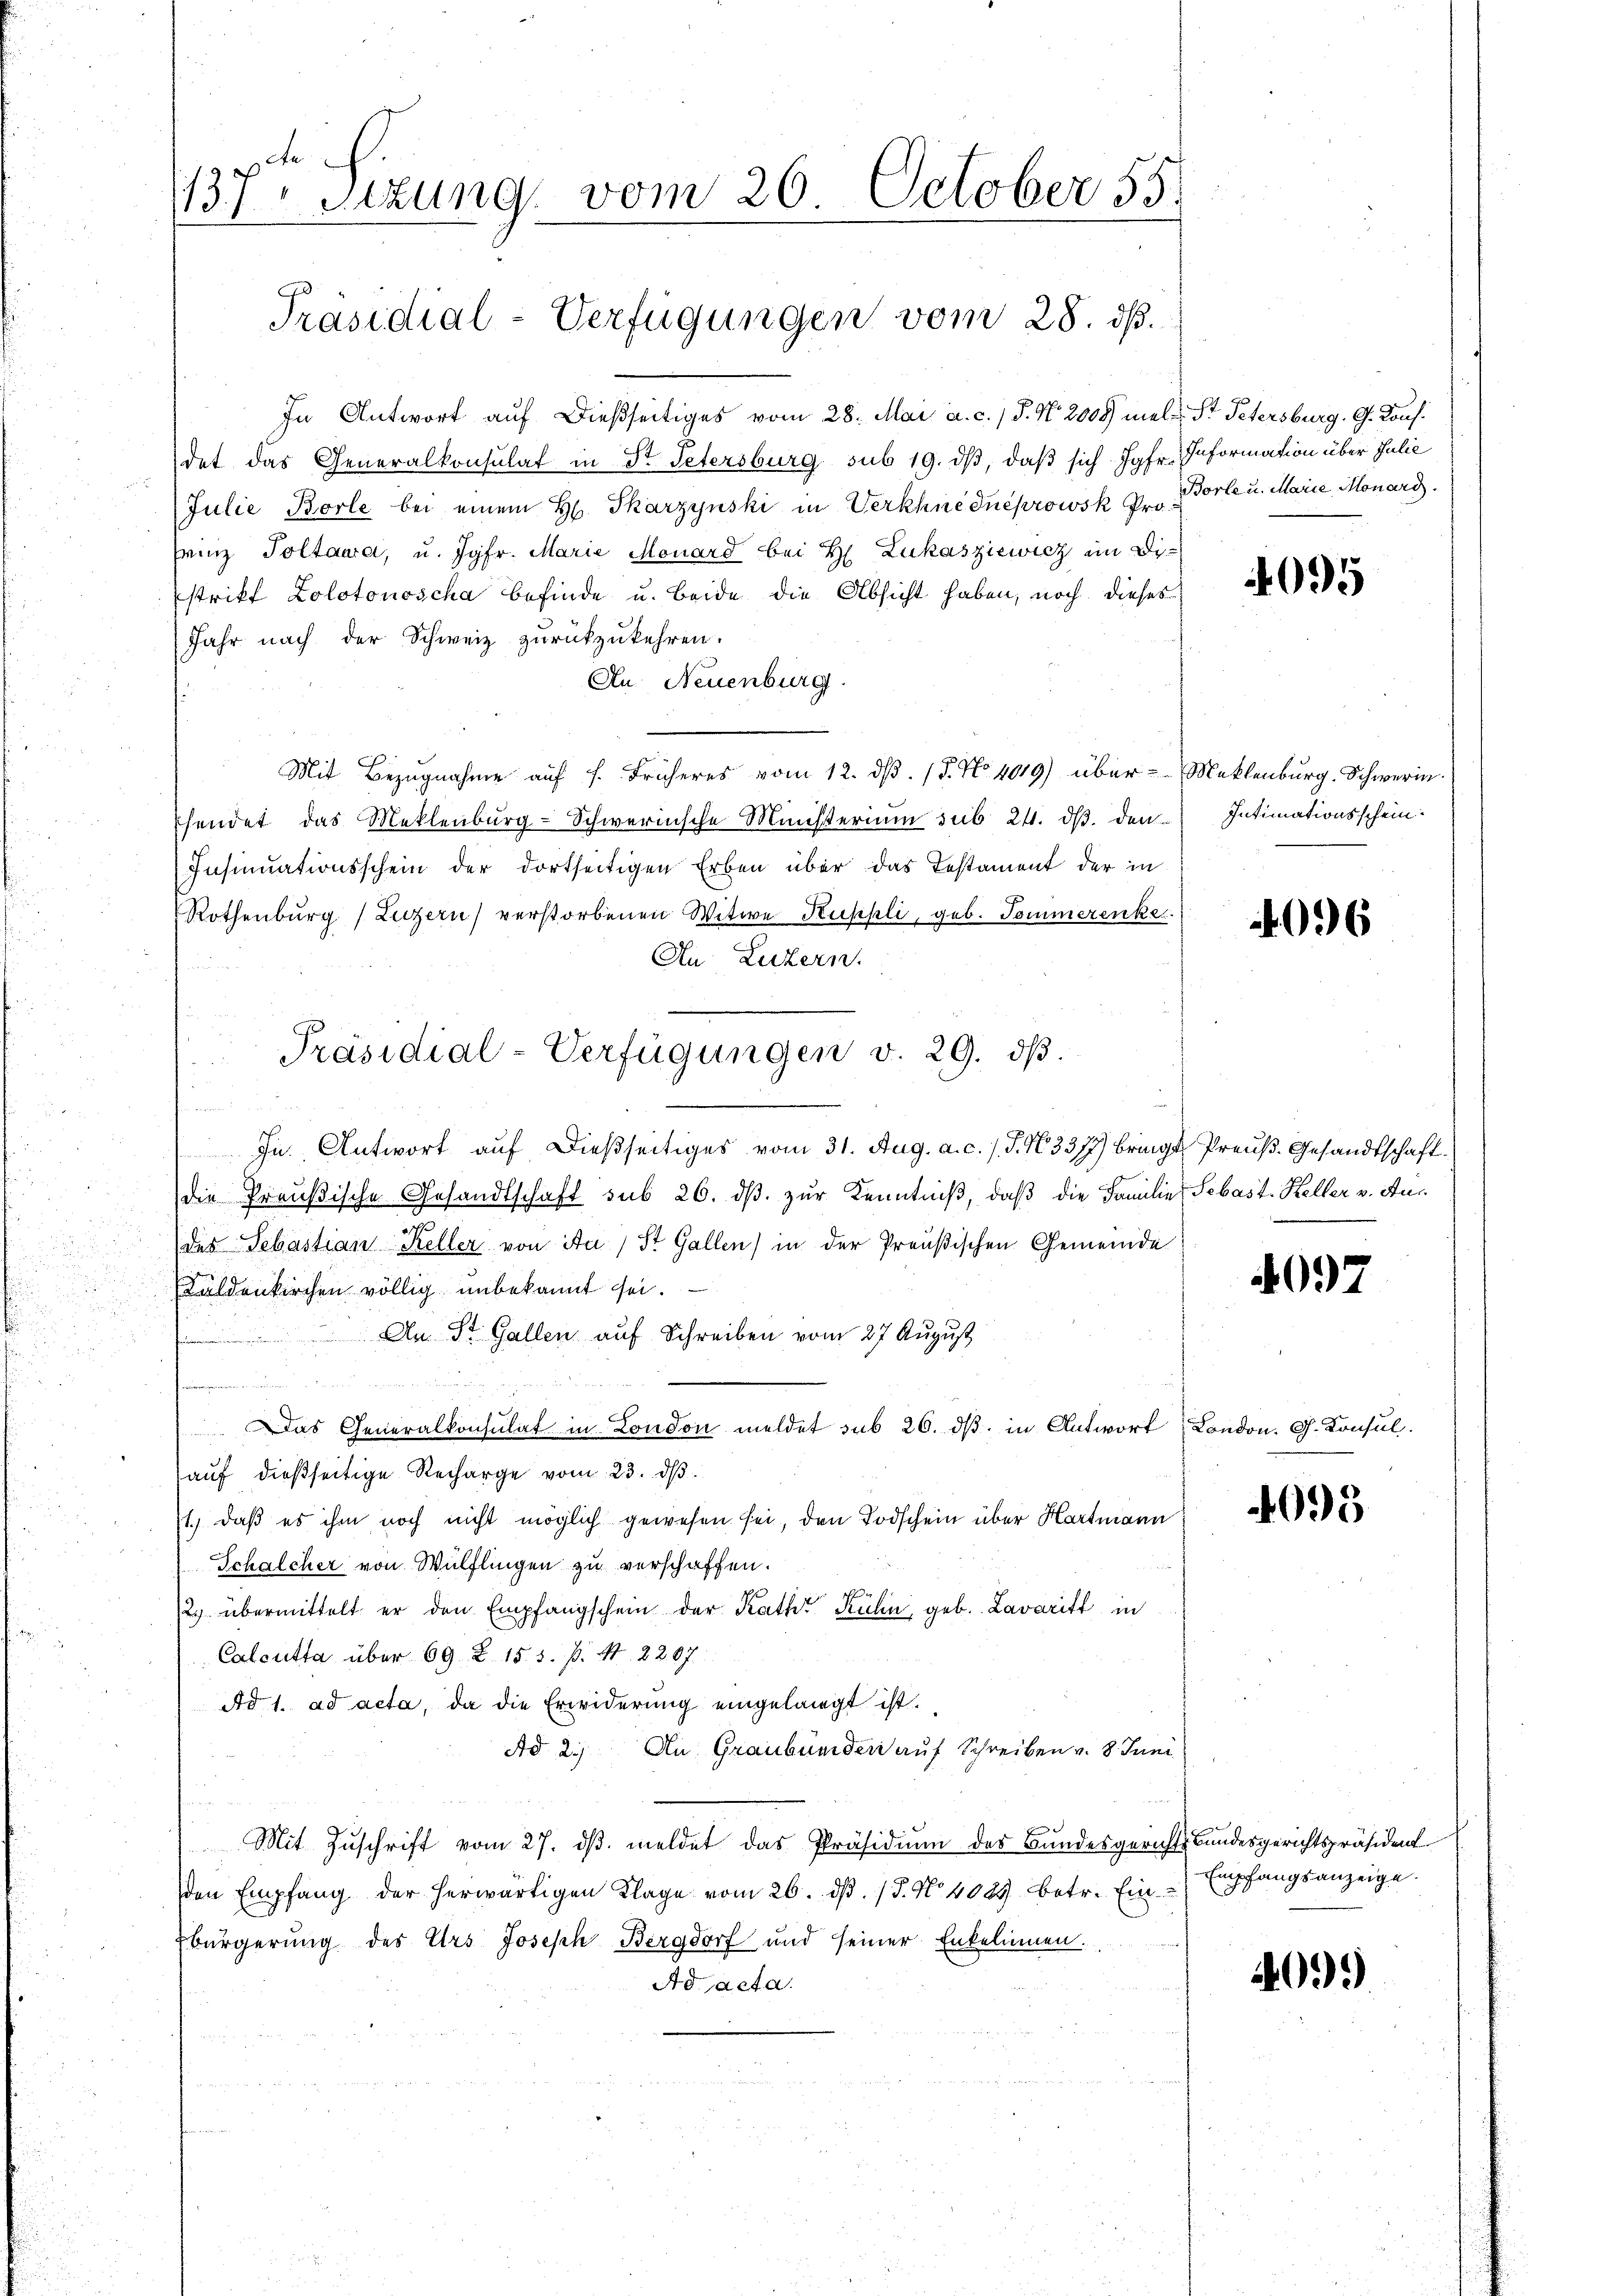
In Antwort auf dießseitiges vom 28. Mai a. c. §. N. 2008) mel, St. Petersburg. G. Konf.
det das Generalkonsulat in Dr. Petersburg sub 19. ds, daß sich Jgfr. Information über Julie
Julie Borle bei einem H. Tkarzynski in Verkhuednéprowsk Pro¬
Frinz Toltawa, u. Jgfr. Marie Monard bei H. Lukasziewicz im Di
strikt Zolotonoscha befinde u. Beide die Absicht haben, noch dieses
Jahr nach der Schweiz zurückzukehren.
An Neuenburg.
Mit Bezugnahme auf s. Früheres vom 12. dβ. 15. No 1019) über - Meklenburg. Schwerin
sendet das Meklenburg-Schwernische Ministerium sub 24. ds. den
Insinuationsschein der dortseitigen Erben über das Testament der in
Rothenburg (Luzern) verstorbenen Witwe Suppli, geb. Sommerenke.
An Luzern.
e
u
In Antwort auf dießseitiges vom 31. Aug. a. c. /. J. N. 3377) bringt, Preuß. Gesandtschaftdie Preußische Gesandtschaft sub 26. dβ zŭr Kenntniβ, daß die Familie, Sebast. Keller v. Aus
i
(des Sebastian Keller von Au / St. Gallen) in der Preußischen Gemeinde
Käldenkirchen völlig unbekannt sei.
An St. Gallen auf Schreiben vom 27 August

ieg ein
Das Generalkonsulat in London meldet sub 26. dβ in Antwort London. G. Konsul
aŭf dießseitige Recharge vom 23. dβ.
1.) daß es ihm noch nicht möglich gewesen sei, den Todschein über Hartmann
Schalcher von Wülflingen zu verschaffen.
2. übermittelt er den Empfangschein der Rath Kühn, geb. Lavaritt in
Calcutta über 69 Z. 15. 5. p. N. 2207
Ad 1. ad acta, da die Erwiderung eingelangt ist.
Ad 2.) An Graubünden auf Schreiben v. 8. Juni
Mit Zŭschrift vom 27. dβ meldet das Präsidiŭm des Bundesgerichts Bundesgerichtspräsident
den Empfang der herwärtigen Klage vom 26. dβ. / 5. No. 402 betr. Ein-
bürgerung des Urs Joseph Bergdorf und seiner Enkelinnen.
Ad acta.

137ten Sizung vom 26. October 55.

Präsidial-Verfügungen vom 28. ds.

Präsidial-Verfügungen v. 29. dβ.

Borte u. Marie, Monard.

4095

Intimationsschein.

4096

4097

4095

Empfangsanzeige.

4099)